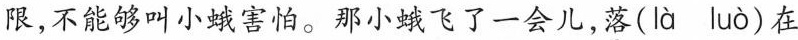
限，不能够叫小蛾害怕。那小蛾飞了一会儿，\underset{·}{落}( là luò )在